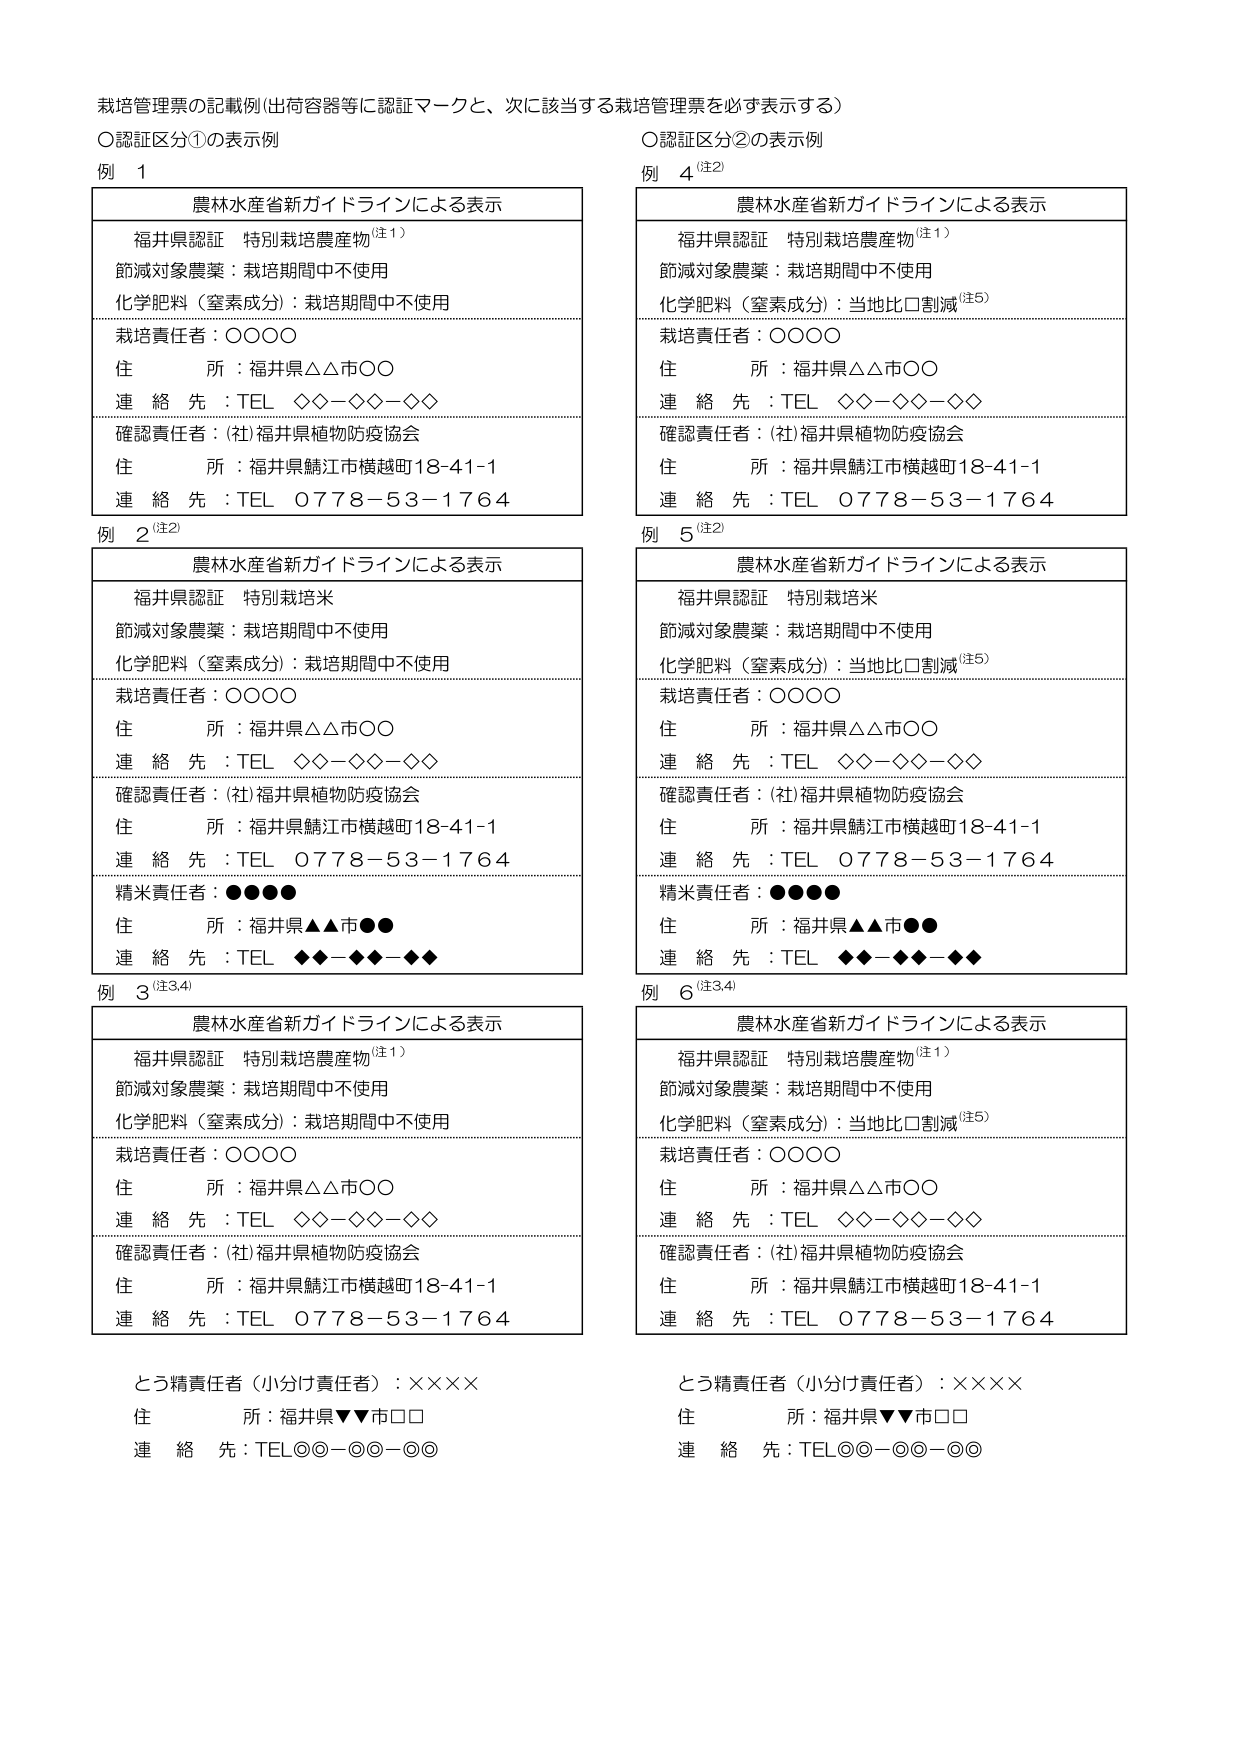
栽培管理票の記載例（出荷容器等に認証マークと、次に該当する栽培管理票を必ず表示する）

○認証区分①の表示例

例 1
農林水産省新ガイドラインによる表示
福井県認証 特別栽培農産物（注1）
節減対象農薬：栽培期間中不使用
化学肥料（窒素成分）：栽培期間中不使用
栽培責任者：○○○○
住所：福井県△△市○○
連絡先：TEL ◇◇－◇◇－◇◇
確認責任者：(社)福井県植物防疫協会
住所：福井県鯖江市横越町18-41-1
連絡先：TEL 0778－53－1764

例 2（注2）
農林水産省新ガイドラインによる表示
福井県認証 特別栽培米
節減対象農薬：栽培期間中不使用
化学肥料（窒素成分）：栽培期間中不使用
栽培責任者：○○○○
住所：福井県△△市○○
連絡先：TEL ◇◇－◇◇－◇◇
確認責任者：(社)福井県植物防疫協会
住所：福井県鯖江市横越町18-41-1
連絡先：TEL 0778－53－1764
精米責任者：●●●●
住所：福井県▲▲市●●
連絡先：TEL ◆◆－◆◆－◆◆

例 3（注3,4）
農林水産省新ガイドラインによる表示
福井県認証 特別栽培農産物（注1）
節減対象農薬：栽培期間中不使用
化学肥料（窒素成分）：栽培期間中不使用
栽培責任者：○○○○
住所：福井県△△市○○
連絡先：TEL ◇◇－◇◇－◇◇
確認責任者：(社)福井県植物防疫協会
住所：福井県鯖江市横越町18-41-1
連絡先：TEL 0778－53－1764
とう精責任者（小分け責任者）：××××
住所：福井県▼▼市□□
連絡先：TEL◎◎－◎◎－◎◎

○認証区分②の表示例

例 4（注2）
農林水産省新ガイドラインによる表示
福井県認証 特別栽培農産物（注1）
節減対象農薬：栽培期間中不使用
化学肥料（窒素成分）：当地比□割減（注5）
栽培責任者：○○○○
住所：福井県△△市○○
連絡先：TEL ◇◇－◇◇－◇◇
確認責任者：(社)福井県植物防疫協会
住所：福井県鯖江市横越町18-41-1
連絡先：TEL 0778－53－1764

例 5（注2）
農林水産省新ガイドラインによる表示
福井県認証 特別栽培米
節減対象農薬：栽培期間中不使用
化学肥料（窒素成分）：当地比□割減（注5）
栽培責任者：○○○○
住所：福井県△△市○○
連絡先：TEL ◇◇－◇◇－◇◇
確認責任者：(社)福井県植物防疫協会
住所：福井県鯖江市横越町18-41-1
連絡先：TEL 0778－53－1764
精米責任者：●●●●
住所：福井県▲▲市●●
連絡先：TEL ◆◆－◆◆－◆◆

例 6（注3,4）
農林水産省新ガイドラインによる表示
福井県認証 特別栽培農産物（注1）
節減対象農薬：栽培期間中不使用
化学肥料（窒素成分）：当地比□割減（注5）
栽培責任者：○○○○
住所：福井県△△市○○
連絡先：TEL ◇◇－◇◇－◇◇
確認責任者：(社)福井県植物防疫協会
住所：福井県鯖江市横越町18-41-1
連絡先：TEL 0778－53－1764
とう精責任者（小分け責任者）：××××
住所：福井県▼▼市□□
連絡先：TEL◎◎－◎◎－◎◎